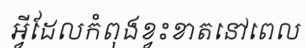
អ្វីដែលកំពុងខ្វះខាតនៅពេល